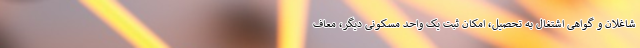
شاغلان و گواهی اشتغال به تحصیل، امکان ثبت یک واحد مسکونی دیگر، معاف